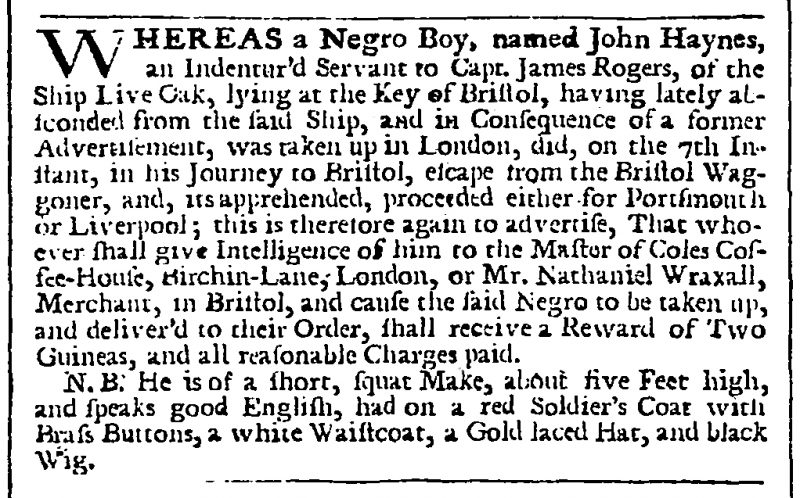
London Evening Post, 19 June 1750 (England)
WHEREAS a Negro Boy, named John Haynes, an Indentur’d Servant to Capt. James Rogers, of the Ship Live Oak, lying at the Key of Bristol, having lately absconded from the said Ship, and in Consequence of a former Advertisement, was taken up in London, did, on the 7th Instant, in his Journey to Bristol, escape from the Bristol Wagoner, and, its apprehended, proceeded either for Portsmouth or Liverpool; this is therefore again to advertise, That whoever shall give Intelligence of him to the Master of Coles Coffee-House, Birchin-Lane, London, or Mr. Nathaniel Wraxall, Merchant, in Bristol, and cause the said Negro to be taken up, and deliver’d to their Order, shall receive a Reward of Two Guineas, and all reasonable Charges paid.  N.B. He is of a short, squat Make, about five Feet high, and speaks good English, had on a red Soldier’s Coat with Brass Buttons, a white Waistcoat, a Gold laced hat, and black Wig.